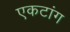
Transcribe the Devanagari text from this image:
एकटांग